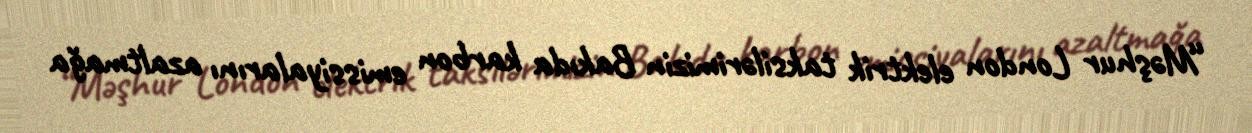
“Məşhur London elektrik taksilərimizin Bakıda karbon emissiyalarını azaltmağa